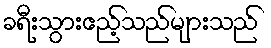
ခရီးသွားဧည့်သည်များသည်